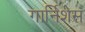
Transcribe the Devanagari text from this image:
गार्निशेस